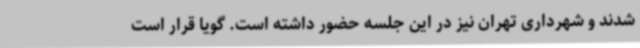
شدند و شهرداری تهران نیز در این جلسه حضور داشته است. گویا قرار است